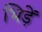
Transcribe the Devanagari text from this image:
भिड़ें